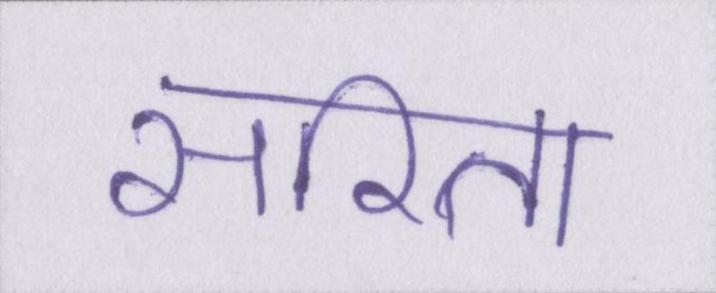
सरिता